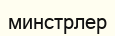
минстрлер